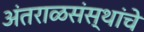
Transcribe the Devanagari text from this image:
अंतराळसंस्थांचे